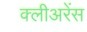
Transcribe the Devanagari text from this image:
क्लीअरेंस